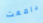
دافعت